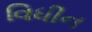
વિધીન